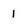
Character: l